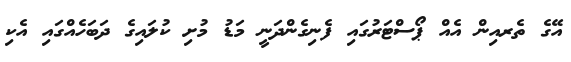
އޭގެ ތެރއިން އެއް ޕޯސްޓަރުގައި ފެނިގެންދަނީ މަޑު މުށި ކުލައިގެ ދަބަހެއްގައި އެކި